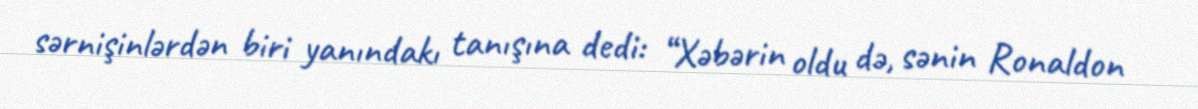
sərnişinlərdən biri yanındakı tanışına dedi: “Xəbərin oldu də, sənin Ronaldon